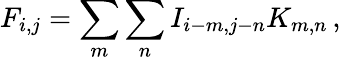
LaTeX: F_{i,j}=\sum_{m}\sum_{n}I_{i-m,j-n}K_{m,n}\, ,